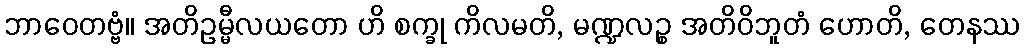
ဘာဝေတဗ္ဗံ။ အတိဥမ္မီလယတော ဟိ စက္ခု ကိလမတိ, မဏ္ဍလဉ္စ အတိဝိဘူတံ ဟောတိ, တေနဿ